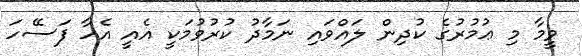
ވީމާ މި ޢުމުރުގެ ކުދިން ލައްވައި ނަމާދު ކުރުވުމަކީ އެއީ އެހާ ފަސޭހަ